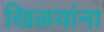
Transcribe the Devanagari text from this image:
खिळयांना